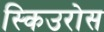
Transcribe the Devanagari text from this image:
स्किउरोस